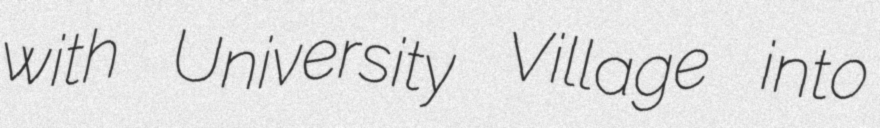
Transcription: with University Village into